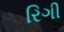
રિગી